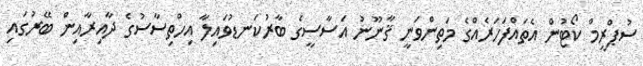
ސުޕްރީމް ކޯޓުން އެތައްފަހަރެއްގެ މަތިންވަނީ ޤާނޫނު އަސާސީގެ ބާރުކަނޑުވައިލާ އިހްތިސާސުގެ ދާއިރާއިން ބޭރުގައި